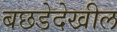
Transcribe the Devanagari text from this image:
बछडेदेखील